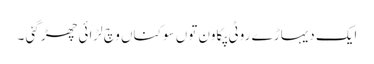
ایک دیہاڑ ے روٹی پکاون توں سوکناں وچ لڑائی چھڑ گئی ۔